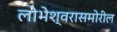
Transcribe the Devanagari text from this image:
लोभेश्‍वरासमोरील